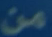
من